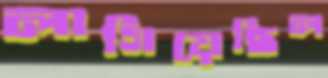
লাগিয়েছিল